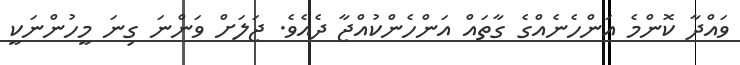
ވައްދާ ކޮންމެ އަންހެނެއްގެ ގާތައް އަންހެންކުއްޖާ ދެއެވެ. ޖަލަށް ވަންނަ ގިނަ މީހުންނަކީ